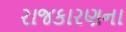
રાજકારણના